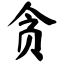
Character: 贪